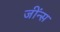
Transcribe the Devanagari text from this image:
जींन्स